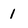
Character: 1